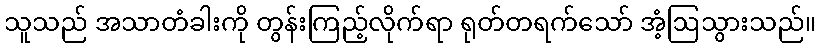
သူသည် အသာတံခါးကို တွန်းကြည့်လိုက်ရာ ရုတ်တရက်သော် အံ့ဩသွားသည်။